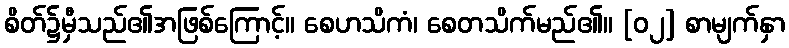
စိတ်၌မှီသည်၏အဖြစ်ကြောင့်။ စေဟသိကံ၊ စေတသိက်မည်၏။ [၀၂] စာမျက်နှာ